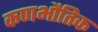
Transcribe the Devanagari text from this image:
कणभौतिक